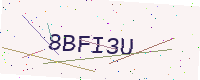
Text: 8BFI3U